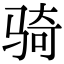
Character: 骑